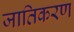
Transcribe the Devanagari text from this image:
जातिकरण